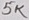
Text: 5K